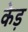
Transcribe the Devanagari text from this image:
केड़